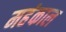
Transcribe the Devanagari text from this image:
महंकाल